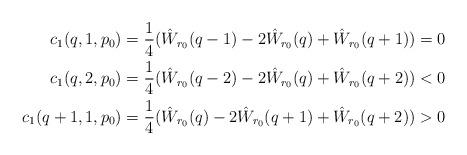
LaTeX: \begin{align*}c_1(q,1,p_0) &= \frac{1}{4}(\hat W_{r_0}(q-1) - 2 \hat W_{r_0}(q) + \hat W_{r_0}(q+1)) = 0\\c_1(q,2,p_0) &= \frac{1}{4}(\hat W_{r_0}(q-2) - 2 \hat W_{r_0}(q) + \hat W_{r_0}(q+2)) < 0\\c_1(q+1,1,p_0) &= \frac{1}{4}(\hat W_{r_0}(q) - 2\hat W_{r_0}(q+1) + \hat W_{r_0}(q+2)) > 0\end{align*}